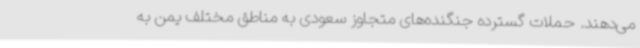
می‌دهند. حملات گسترده جنگنده‌های متجاوز سعودی به مناطق مختلف یمن به